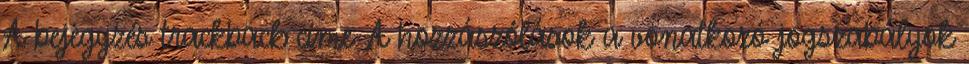
A bejegyzés trackback címe: A hozzászólások a vonatkozó jogszabályok